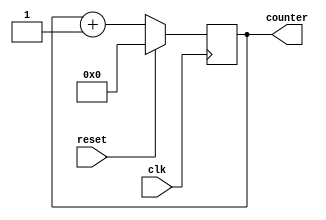
module Four_bit_up_counter(clk,reset,counter);
  input clk,reset;
  output [3:0] counter;
  //reg [3:0] counter;
  reg [3:0] counter_up;
  //wire clk,reset;

  always @(posedge clk)
  begin
    if(reset)
      counter_up <= 4'b0000;
    else
      counter_up <= counter_up + 4'b0001 ;
  end
   
  assign counter = counter_up;
endmodule